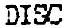
DISC